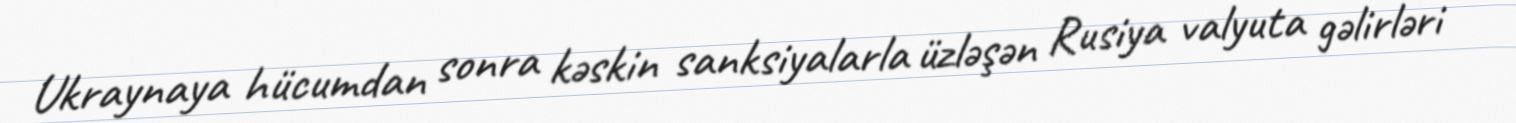
Ukraynaya hücumdan sonra kəskin sanksiyalarla üzləşən Rusiya valyuta gəlirləri